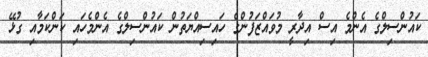
ކައުންސިލްގެ އެންމެ އިސް އިދާރީ މުވައްޒަފުންގެ ހައިސިއްޔަތުން ކައުންސިލްގެ އެންމެހައި ކަންކަމާއި ގުޅޭ